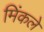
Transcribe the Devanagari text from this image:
मिंकले